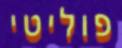
פוליטי